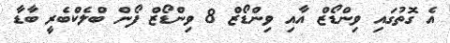
އެ ގޮތުގައި ވިންޑޯޒް އާއި ވިންޑޯޒް 8 ވިންޑޯޒް ފޯން ބްލެކްބެރީ ބާޑާ